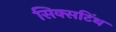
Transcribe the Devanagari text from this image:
सिक्सटिंथ